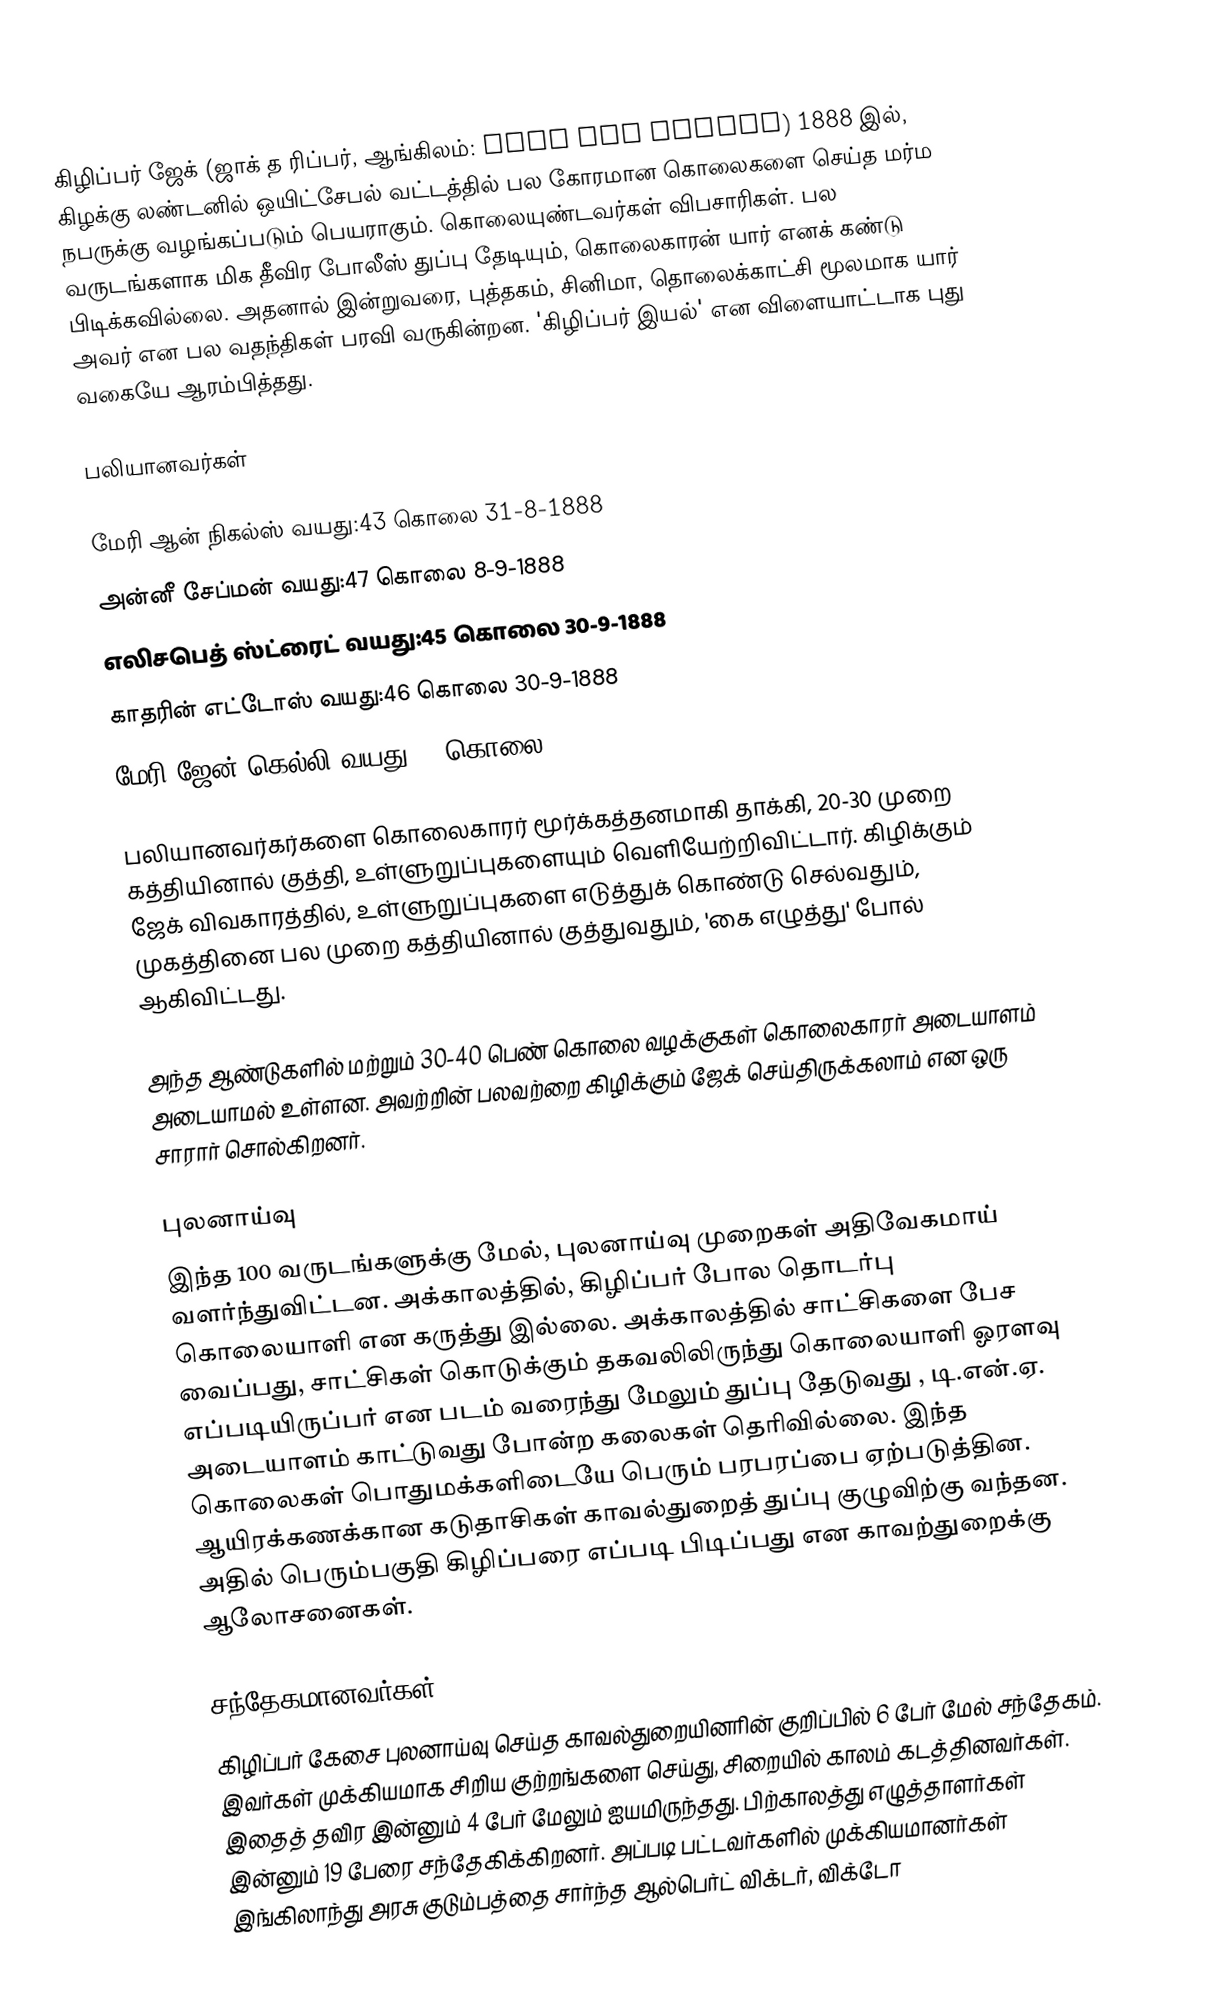
கிழிப்பர் ஜேக் (ஜாக் த ரிப்பர், ஆங்கிலம்: Jack the Ripper) 1888 இல், கிழக்கு லண்டனில் ஒயிட்சேபல் வட்டத்தில் பல கோரமான கொலைகளை செய்த மர்ம நபருக்கு வழங்கப்படும் பெயராகும். கொலையுண்டவர்கள் விபசாரிகள். பல வருடங்களாக மிக தீவிர போலீஸ் துப்பு தேடியும், கொலைகாரன் யார் எனக் கண்டு பிடிக்கவில்லை. அதனால் இன்றுவரை, புத்தகம், சினிமா, தொலைக்காட்சி மூலமாக யார் அவர் என பல வதந்திகள் பரவி வருகின்றன. 'கிழிப்பர் இயல்' என விளையாட்டாக புது வகையே ஆரம்பித்தது.

பலியானவர்கள்

 மேரி ஆன் நிகல்ஸ் வயது:43 	கொலை 31-8-1888
 அன்னீ சேப்மன் வயது:47	கொலை 8-9-1888
 எலிசபெத் ஸ்ட்ரைட் வயது:45	கொலை 30-9-1888
 காதரின் எட்டோஸ் வயது:46	கொலை 30-9-1888
 மேரி ஜேன் கெல்லி வயது:25	கொலை 9-11-1888

பலியானவர்கர்களை கொலைகாரர் மூர்க்கத்தனமாகி தாக்கி, 20-30 முறை கத்தியினால் குத்தி, உள்ளுறுப்புகளையும் வெளியேற்றிவிட்டார். கிழிக்கும் ஜேக் விவகாரத்தில், உள்ளுறுப்புகளை எடுத்துக் கொண்டு செல்வதும், முகத்தினை பல முறை கத்தியினால் குத்துவதும், 'கை எழுத்து' போல் ஆகிவிட்டது.

அந்த ஆண்டுகளில் மற்றும் 30-40 பெண் கொலை வழக்குகள் கொலைகாரர் அடையாளம் அடையாமல் உள்ளன. அவற்றின் பலவற்றை கிழிக்கும் ஜேக் செய்திருக்கலாம் என ஒரு சாரார் சொல்கிறனர்.

புலனாய்வு
இந்த 100 வருடங்களுக்கு மேல், புலனாய்வு முறைகள் அதிவேகமாய் வளர்ந்துவிட்டன. அக்காலத்தில், கிழிப்பர் போல தொடர்பு கொலையாளி என கருத்து இல்லை. அக்காலத்தில் சாட்சிகளை பேச வைப்பது, சாட்சிகள் கொடுக்கும் தகவலிலிருந்து கொலையாளி ஓரளவு எப்படியிருப்பர் என படம் வரைந்து மேலும் துப்பு தேடுவது , டி.என்.ஏ. அடையாளம் காட்டுவது போன்ற கலைகள் தெரிவில்லை. இந்த கொலைகள் பொதுமக்களிடையே பெரும் பரபரப்பை ஏற்படுத்தின. ஆயிரக்கணக்கான கடுதாசிகள் காவல்துறைத் துப்பு குழுவிற்கு வந்தன. அதில் பெரும்பகுதி கிழிப்பரை எப்படி பிடிப்பது என காவற்துறைக்கு ஆலோசனைகள்.

சந்தேகமானவர்கள்
கிழிப்பர் கேசை புலனாய்வு செய்த காவல்துறையினரின் குறிப்பில் 6 பேர் மேல் சந்தேகம். இவர்கள் முக்கியமாக சிறிய குற்றங்களை செய்து, சிறையில் காலம் கடத்தினவர்கள். இதைத் தவிர இன்னும் 4 பேர் மேலும் ஐயமிருந்தது. பிற்காலத்து எழுத்தாளர்கள் இன்னும் 19 பேரை சந்தேகிக்கிறனர். அப்படி பட்டவர்களில் முக்கியமானர்கள் இங்கிலாந்து அரசு குடும்பத்தை சார்ந்த ஆல்பெர்ட் விக்டர், விக்டோ